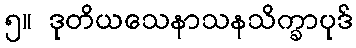
၅။ ဒုတိယသေနာသနသိက္ခာပုဒ်